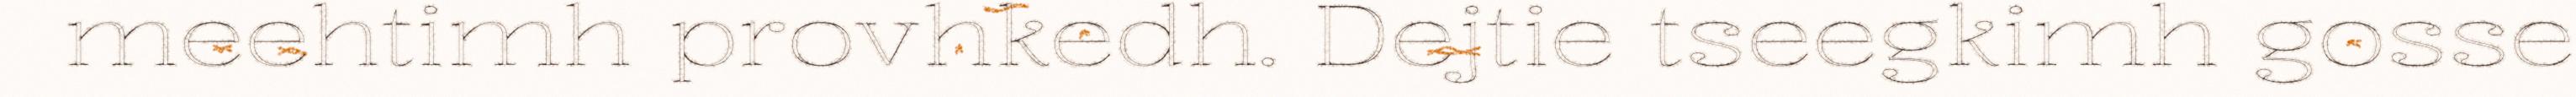
meehtimh provhkedh. Dejtie tseegkimh gosse